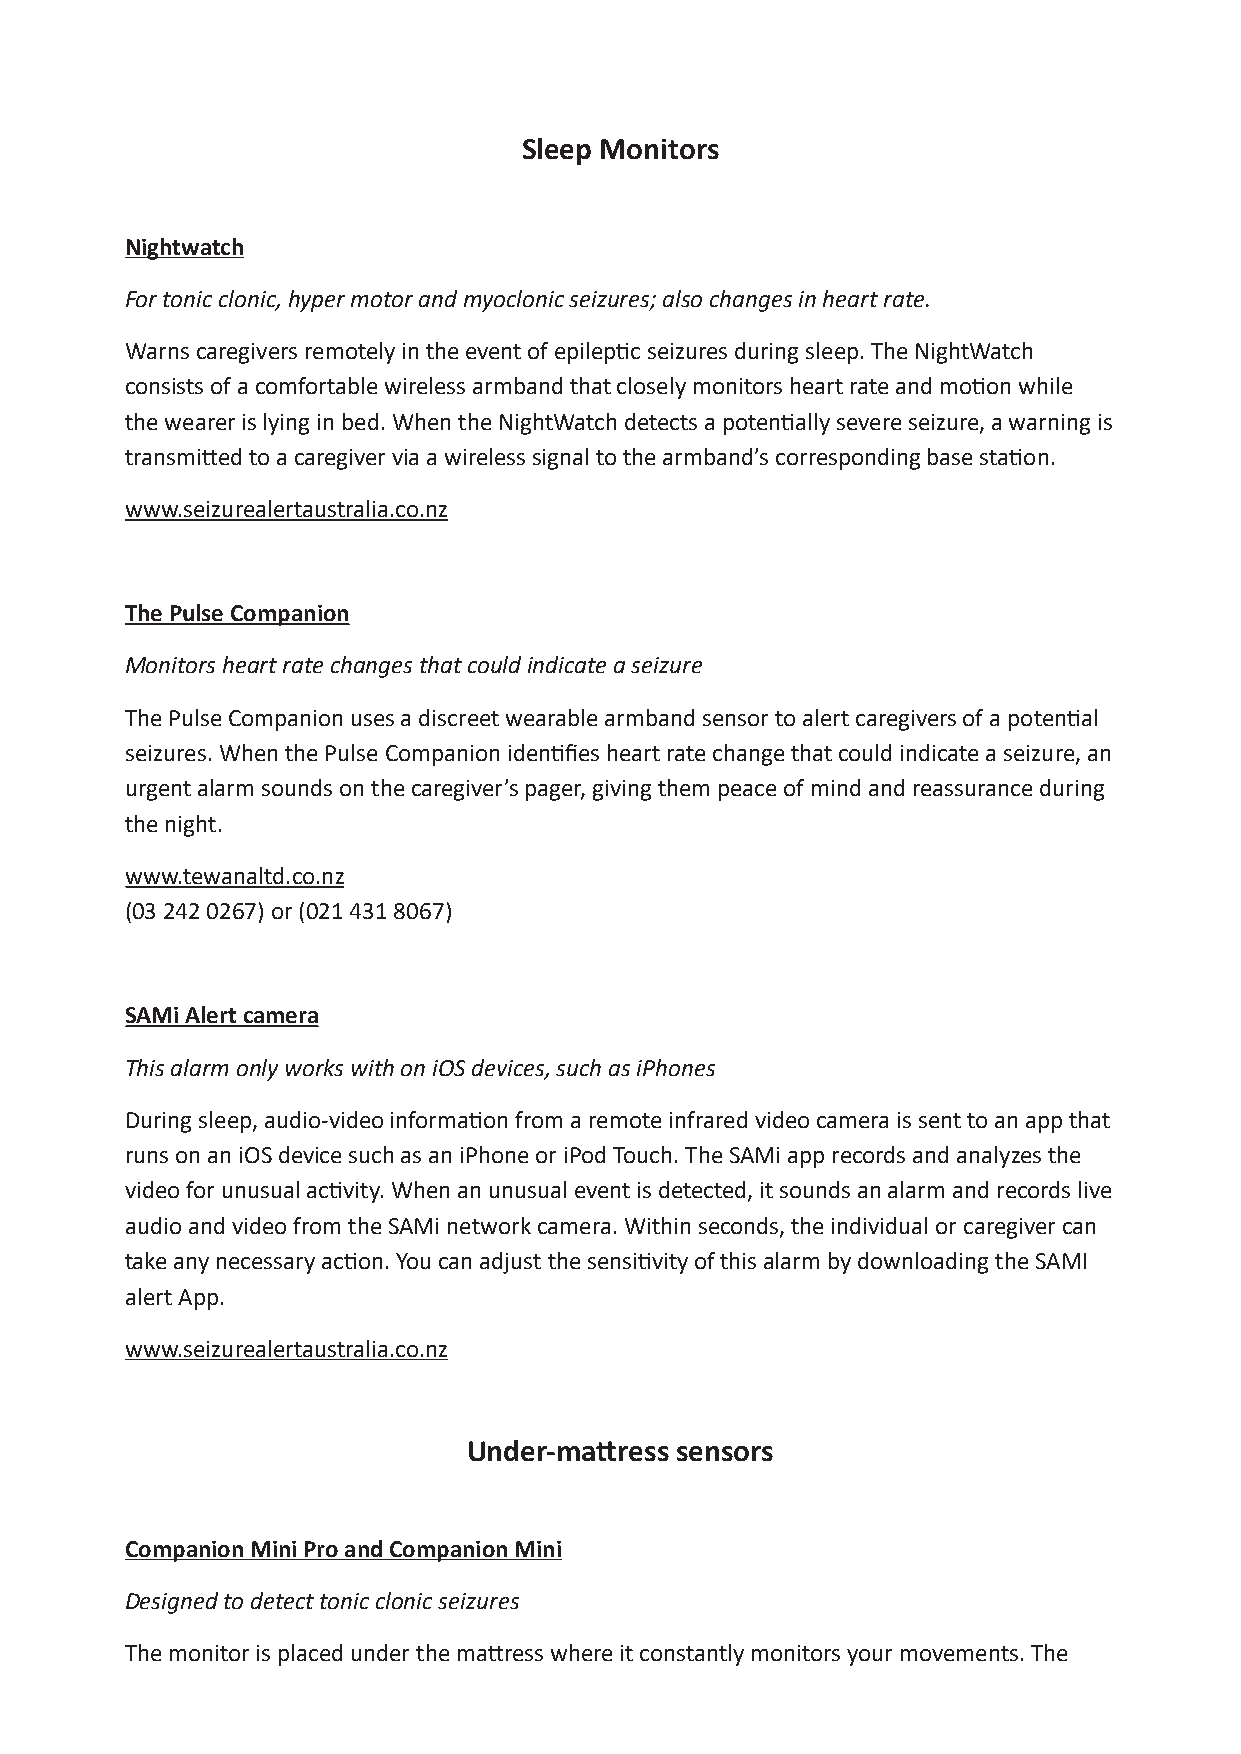
Sleep Monitors
 Nightwatch
 For tonic clonic, hyper motor and myoclonic seizures; also changes in heart rate.
 Warns caregivers remotely in the event of epileptic seizures during sleep. The NightWatch
 consists of a comfortable wireless armband that closely monitors heart rate and motion while
 the wearer is lying in bed. When the NightWatch detects a potentially severe seizure, a warning is
 transmitted to a caregiver via a wireless signal to the armband’s corresponding base station.
 www.seizurealertaustralia.co.nz
 The Pulse Companion
 Monitors heart rate changes that could indicate a seizure
 The Pulse Companion uses a discreet wearable armband sensor to alert caregivers of a potential
 seizures. When the Pulse Companion identifies heart rate change that could indicate a seizure, an
 urgent alarm sounds on the caregiver’s pager, giving them peace of mind and reassurance during
 the night.
 www.tewanaltd.co.nz
 (03 242 0267) or (021 431 8067)
 SAMi Alert camera
 This alarm only works with on iOS devices, such as iPhones
 During sleep, audio-video information from a remote infrared video camera is sent to an app that
 runs on an iOS device such as an iPhone or iPod Touch. The SAMi app records and analyzes the
 video for unusual activity. When an unusual event is detected, it sounds an alarm and records live
 audio and video from the SAMi network camera. Within seconds, the individual or caregiver can
 take any necessary action. You can adjust the sensitivity of this alarm by downloading the SAMI
 alert App.
 www.seizurealertaustralia.co.nz
 Under-mattress sensors
 Companion Mini Pro and Companion Mini
 Designed to detect tonic clonic seizures
 The monitor is placed under the mattress where it constantly monitors your movements. The